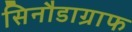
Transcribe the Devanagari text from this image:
सिनौडाग्राफ